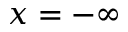
x = - \infty